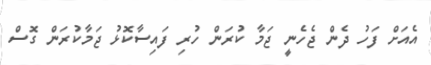
އެއަށް ފަހު ދެން ޖެހެނީ ޖަމާ ކުރަން ހުރި ފައިސާކޮޅު ޖަމާކުރަން ގޮސް